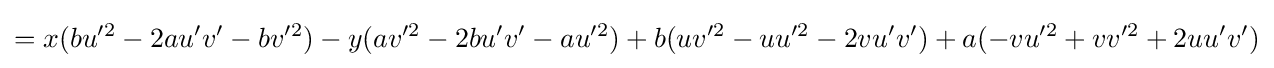
=x(bu'^{2}-2au'v'-bv'^{2})-y(av'^{2}-2bu'v'-au'^{2})+b(uv'^{2}-uu'^{2}-2vu'v')+a(-vu'^{2}+vv'^{2}+2uu'v')